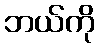
ဘယ်ကို